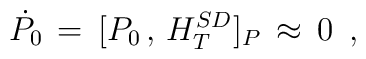
\dot{P_0}\,=\,[P_0\,,\,H^{SD}_T]_P\,\approx\,0\,\,\,,